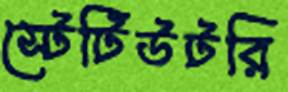
স্টেটিউটরি